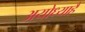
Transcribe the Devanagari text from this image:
अयोध्याहै